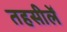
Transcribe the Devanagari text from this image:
तहसीलेँ